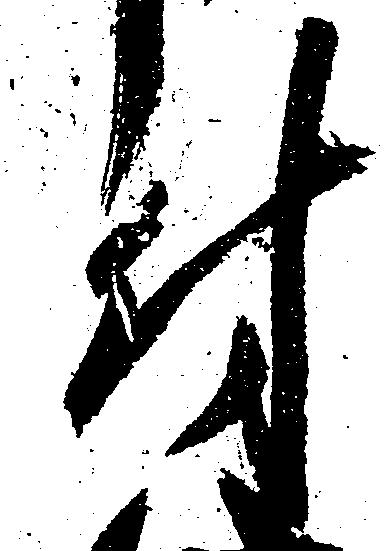
付